Education and care of mentally and physically defective children, 1937
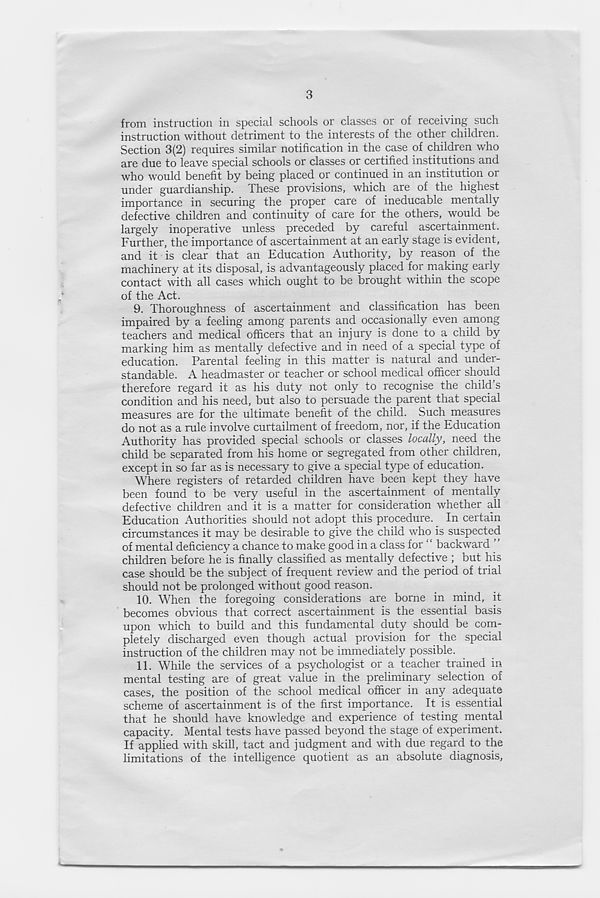
3
from instruction in special schools or classes or of receiving such
instruction without detriment to the interests of the other children.
Section 3(2) requires similar notification in the case of children who
are due to leave special schools or classes or certified institutions and
who would benefit by being placed or continued in an institution or
under guardianship. These provisions, which are of the highest
importance in securing the proper care of ineducable mentally
defective children and continuity of care for the others, would be
largely inoperative unless preceded by careful ascertainment.
Further, the importance of ascertainment at an early stage is evident,
and it is clear that an Education Authority, by reason of the
machinery at its disposal, is advantageously placed for making eaidy
contact with all cases which ought to be brought within the scope
of the Act.
9. Thoroughness of ascertainment and classification has been
impaired by a feeling among parents and occasionally even among
teachers and medical officers that an injury is done to a child by
marking him as mentally defective and in need of a special type of
education. Parental feeling in this matter is natural and under-
standable. A headmaster or teacher or school medical officer should
therefore regard it as his duty not only to recognise the child’s
condition and his need, but also to persuade the parent that special
measures are for the ultimate benefit of the child. Such measures
do not as a rule involve curtailment of freedom, nor, if the Education
Authority has provided special schools or classes locally, need the
child be separated from his home or segregated from other children,
except in so far as is necessary to give a special type of education.
Where registers of retarded children have been kept they have
been found to be very useful in the ascertainment of mentally
defective children and it is a matter for consideration whether all
Education Authorities should not adopt this procedure. In certain
circumstances it may be desirable to give the child who is suspected
of mental deficiency a chance to make good in a class for “ backward
children before he is finally classified as mentally defective ; but his
case should be the subject of frequent review and the period of trial
should not be prolonged without good reason.
10. When the foregoing considerations are borne in mind, it
becomes obvious that correct ascertainment is the essential basis
upon which to build and this fundamental duty should be com-
pletely discharged even though actual provision for the special
instruction of the children may not be immediately possible.
11. While the services of a psychologist or a teacher trained in
mental testing are of great value in the preliminary selection of
cases, the position of the school medical officer in any adequate
scheme of ascertainment is of the first importance. It is essential
that he should have knowledge and experience of testing mental
capacity. Mental tests have passed beyond the stage of experiment.
If applied with skill, tact and judgment and with due regard to the
limitations of the intelligence quotient as an absolute diagnosis,